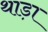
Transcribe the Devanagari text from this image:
थाड़ा